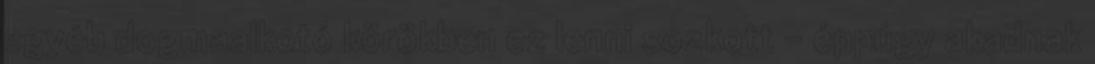
egyéb dogmaalkotó körökben ez lenni sozkott - éppúgy akadnak